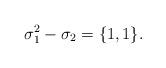
LaTeX: \begin{align*}\sigma_{1}^2-\sigma_2=\{1,1\}.\end{align*}